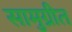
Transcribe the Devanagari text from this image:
सामुग्रीत